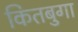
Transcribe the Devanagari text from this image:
कितबुगा